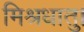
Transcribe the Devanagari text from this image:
मिश्रधातु।